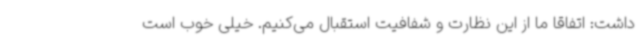
داشت: اتفاقا ما از این نظارت و شفافیت استقبال می‌کنیم. خیلی خوب است